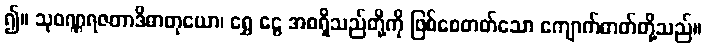
၍။ သုဝဏ္ဏရဇတာဒိဓာတုယော၊ ရွှေ ငွေ အစရှိသည်တို့ကို ဖြစ်စေတတ်သော ကျောက်ဓာတ်တို့သည်။